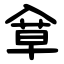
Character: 䓥